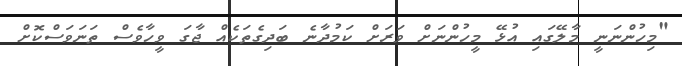
"މިހުންނަނީ މާލޭގައި އުޅޭ މީހުންނަށް ވަރަށް ކަމުދާނެ ބަދިގެތަކެއް ޖާގަ ވީހާވެސް ތަނަވަސްކޮށް